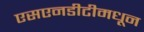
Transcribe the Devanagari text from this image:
एसएनडीटीमधून